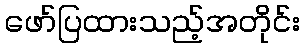
ဖော်ပြထားသည့်အတိုင်း